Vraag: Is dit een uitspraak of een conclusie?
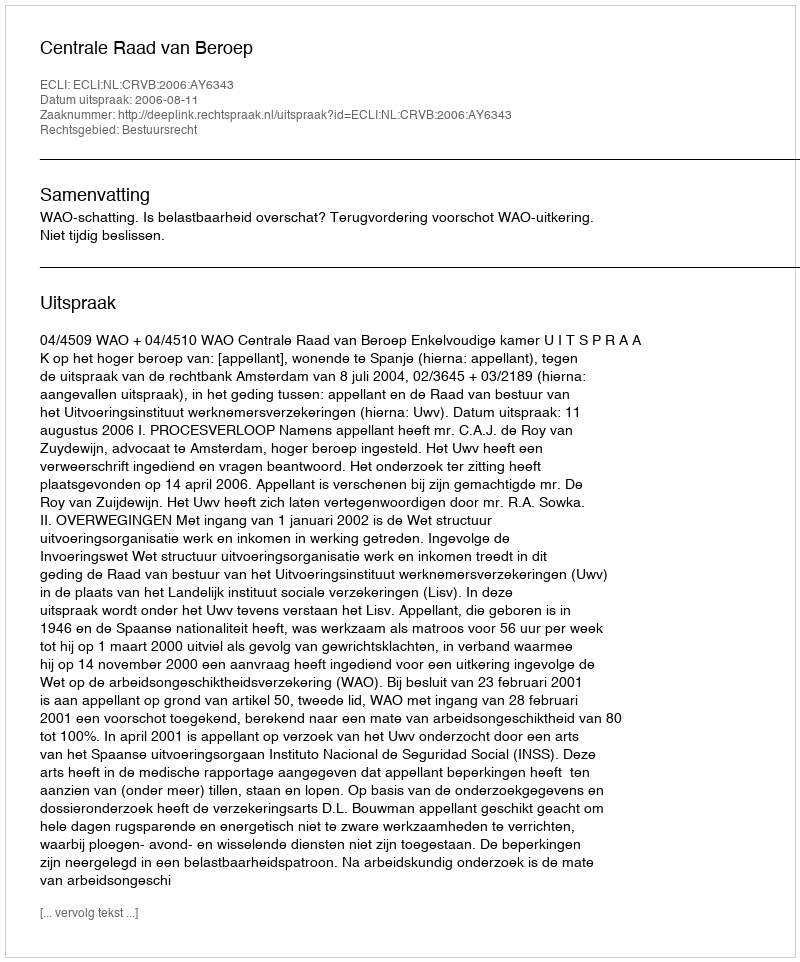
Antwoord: Uitspraak